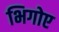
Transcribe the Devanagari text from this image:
भिगोए